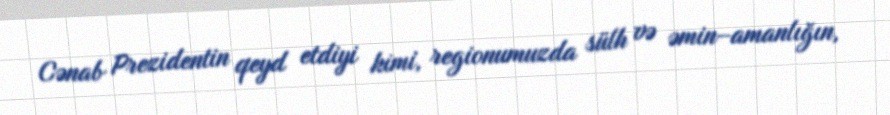
Cənab Prezidentin qeyd etdiyi kimi, regionumuzda sülh və əmin–amanlığın,